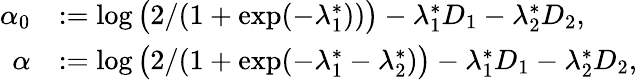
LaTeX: \begin{array}{rl}{\alpha_{0}}&{:=\log\big(2/(1+\exp(-\lambda_{1}^{*}))\big)-\lambda_{1}^{*}D_{1}-\lambda_{2}^{*}D_{2},}\\ {\alpha}&{:=\log\big(2/(1+\exp(-\lambda_{1}^{*}-\lambda_{2}^{*})\big)-\lambda_{1}^{*}D_{1}-\lambda_{2}^{*}D_{2},}\end{array}